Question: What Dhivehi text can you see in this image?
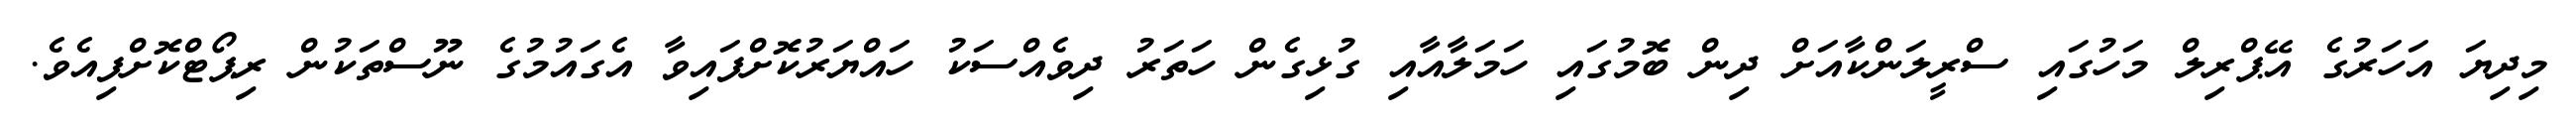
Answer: މިދިޔަ އަހަރުގެ އޭޕްރިލް މަހުގައި ސްރީލަންކާއަށް ދިން ބޮމުގައި ހަމަލާއާއި ގުޅިގެން ހަތަރު ދިވެއްސަކު ހައްޔަރުކޮށްފައިވާ އެގައުމުގެ ނޫސްތަކުން ރިޕޯޓްކޮށްފިއެވެ.